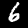
Digit: 6